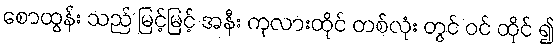
စောထွန်း သည် မြင့်မြင့် အနီး ကုလားထိုင် တစ်လုံး တွင် ဝင် ထိုင် ၍